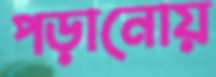
পড়ানোয়